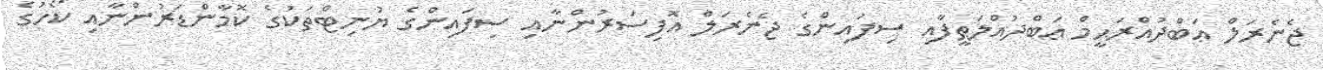
ޖެނެރަލް ޢަބްދުއްރަޙީމް ޢަބްދުއްލަޠީފާއި ސިފައިންގެ ޖެނެރަލް އޮފިސަރުންނާއި ސިފައިންގެ ޔުނިޓްތަކުގެ ކޮމާންޑަރުންނާއި ކޯހުގެ